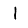
Digit: 1